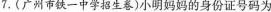
7.(广州市铁一中学招生卷)小明妈妈的身份证号码为